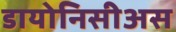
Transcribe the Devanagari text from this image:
डायोनिसीअस